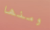
ومنها